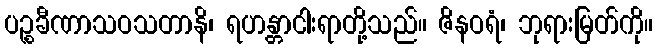
ပဉ္စခီဏာသဝသတာနိ၊ ရဟန္တာငါးရာတို့သည်။ ဇိနဝရံ၊ ဘုရားမြတ်ကို။